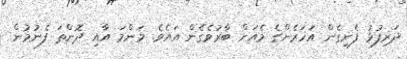
ދަރިފުޅު ފެނިގެން އަހަރެންގެ މެއަށް ބާރުވެގެން އައެވެ. މަންމަ އާއި ދޮންތަ ފެނުމުން